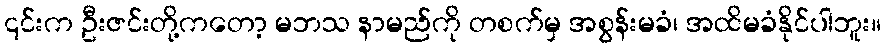
၎င်းက ဦးဇင်းတို့ကတော့ မဘသ နာမည်ကို တစက်မှ အစွန်းမခံ၊ အထိမခံနိုင်ပါဘူး။